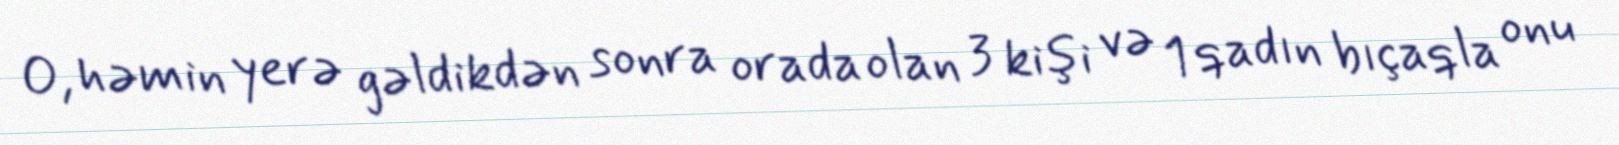
O, həmin yerə gəldikdən sonra orada olan 3 kişi və 1 qadın bıçaqla onu